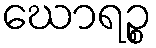
ဃောရဉ္စ